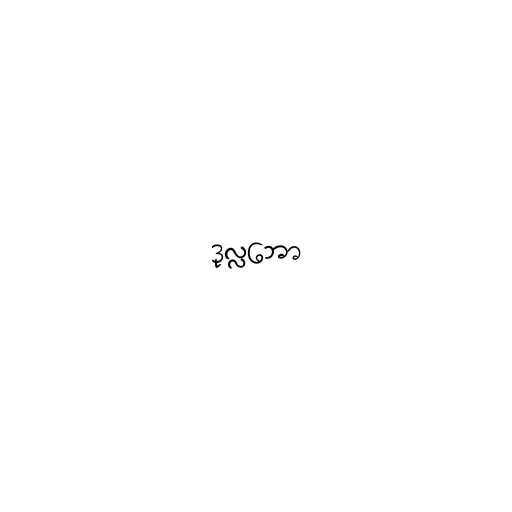
ဒုလ္လဘော